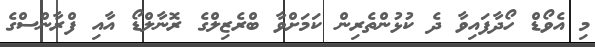
މި އެވޯޑް ހޯދާފައިވާ ދެ ކުޅުންތެރިން ކަމަށްވާ ބްރެޒިލްގެ ރޮނާލްޑޯ އާއި ފްރާންސްގެ